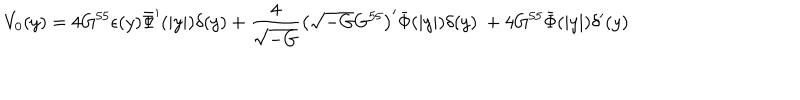
LaTeX: V _ { 0 } ( y ) = 4 G ^ { 5 5 } \epsilon ( y ) \bar { \Phi } ^ { \prime } ( | y | ) \delta ( y ) + \frac { 4 } { \sqrt { - G } } \left( \sqrt { - G } G ^ { 5 5 } \right) ^ { \prime } \bar { \Phi } ( | y | ) \delta ( y ) \ + 4 G ^ { 5 5 } \bar { \Phi } ( | y | ) \delta ^ { \prime } ( y )